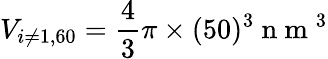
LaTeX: V_{i\neq 1,60}=\frac{4}{3}\pi\times(50)^{3}\mathrm{~n~m~}^{3}